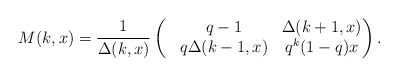
\begin{align*} M(k,x)=\dfrac{1}{\Delta(k,x)}\left(\begin{matrix}& q-1 &\Delta(k+1,x)\\& q\Delta(k-1,x) &q^{k}(1-q)x\end{matrix} \right).\end{align*}